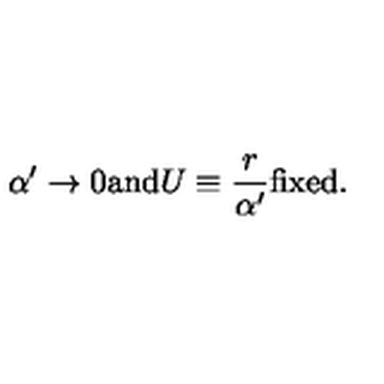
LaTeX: \alpha ^ { \prime } \to 0 \mathrm { a n d } U \equiv \frac { r } { \alpha ^ { \prime } } \mathrm { f i x e d } .